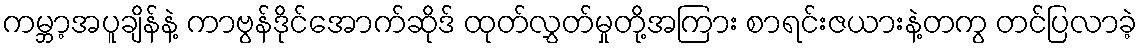
ကမ္ဘာ့အပူချိန်နဲ့ ကာဗွန်ဒိုင်အောက်ဆိုဒ် ထုတ်လွှတ်မှုတို့အကြား စာရင်းဇယားနဲ့တကွ တင်ပြလာခဲ့